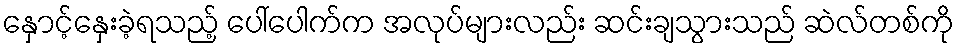
နှောင့်နှေးခဲ့ရသည့် ပေါ်ပေါက်က အလုပ်များလည်း ဆင်းချသွားသည် ဆဲလ်တစ်ကို